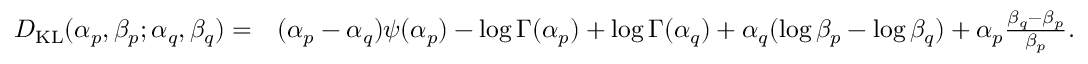
{ \begin{array} { r l } { D _ { \mathrm { K L } } ( \alpha _ { p } , \beta _ { p } ; \alpha _ { q } , \beta _ { q } ) = } & { ( \alpha _ { p } - \alpha _ { q } ) \psi ( \alpha _ { p } ) - \log \Gamma ( \alpha _ { p } ) + \log \Gamma ( \alpha _ { q } ) + \alpha _ { q } ( \log \beta _ { p } - \log \beta _ { q } ) + \alpha _ { p } { \frac { \beta _ { q } - \beta _ { p } } { \beta _ { p } } } . } \end{array} }